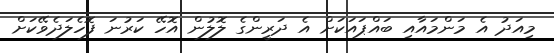
މިއަދު އެ މަންމައާއި ބައްޕައަކަށް އެ ދަރީންގެ ލޮލުން އޮހޭ ކަރުނަ ފޮހެލަދެވޭކަށް